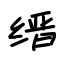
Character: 缙